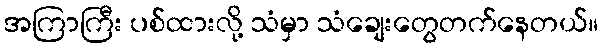
အကြာကြီး ပစ်ထားလို့ သံမှာ သံချေးတွေတက်နေတယ်။